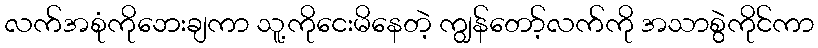
လက်အစုံကိုဘေးချကာ သူ့ကိုငေးမိနေတဲ့ ကျွန်တော့်လက်ကို အသာစွဲကိုင်ကာ